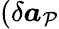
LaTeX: (\delta\boldsymbol{a}_{\mathcal{P}}